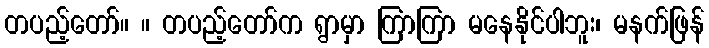
တပည့်တော်။ ။ တပည့်တော်က ရွာမှာ ကြာကြာ မနေနိုင်ပါဘူး၊ မနက်ဖြန်